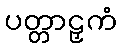
ပတ္တာဠှကံ